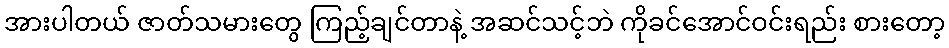
အားပါတယ် ဇာတ်သမားတွေ ကြည့်ချင်တာနဲ့ အဆင်သင့်ဘဲ ကိုခင်အောင်ဝင်းရည်း စားတော့